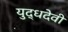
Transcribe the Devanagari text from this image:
युद्धदेवी